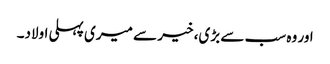
اور وہ سب سے بڑی، خیر سے میری پہلی اولاد۔